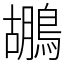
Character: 鶘